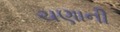
ચણાની